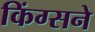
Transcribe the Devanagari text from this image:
किंग्सने